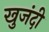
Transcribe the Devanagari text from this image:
खुजंदी